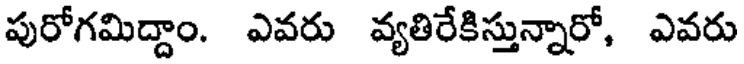
పురోగమిద్దాం. ఎవరు వ్యతిరేకిస్తున్నారో, ఎవరు